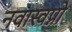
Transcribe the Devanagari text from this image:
नवास्वप्नो